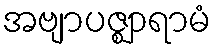
အဗျာပဇ္ဈာရာမံ